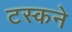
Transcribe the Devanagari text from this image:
टस्कने